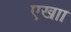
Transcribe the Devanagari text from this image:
एखाा